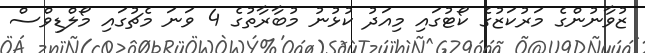
ޒުވާނުންގެ މަރުކަޒުގެ ކޯޓުގައި މިއަދު ކުޅުނު މުބާރާތުގެ 4 ވަނަ މެޗުގައި މޯލްޑިވްސް